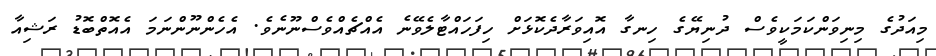
މިއަދުގެ މިނިވަންކަމަކީވެސް ދުނިޔޭގެ ހިނގާ އޮއިވަރާދެކޮޅަށް ހިފަހައްޓާލެވޭނެ އެއްޗެއްވެސްނޫނެވެ. އެހެންނޫންނަމަ އެއޮތްބޮޑު ރަޝިއާ